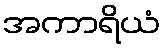
အကာရိယံ